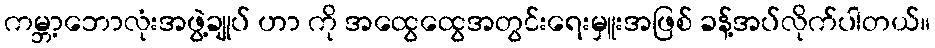
ကမ္ဘာ့ဘောလုံးအဖွဲ့ချုပ် ဟာ ကို အထွေထွေအတွင်းရေးမှူးအဖြစ် ခန့်အပ်လိုက်ပါတယ်။